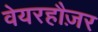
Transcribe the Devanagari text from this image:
वेयरहौज़र